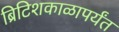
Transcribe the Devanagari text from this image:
ब्रिटिशकाळापर्यंत